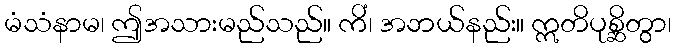
မံသံနာမ၊ ဤအသားမည်သည်။ ကိံ၊ အဘယ်နည်း။ ဣတိပုစ္ဆိတွာ၊